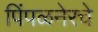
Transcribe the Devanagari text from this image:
पिंपळनेरचे